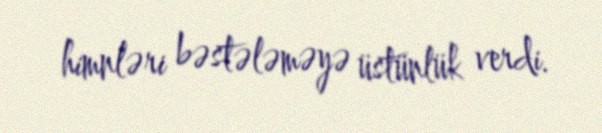
himnləri bəstələməyə üstünlük verdi.